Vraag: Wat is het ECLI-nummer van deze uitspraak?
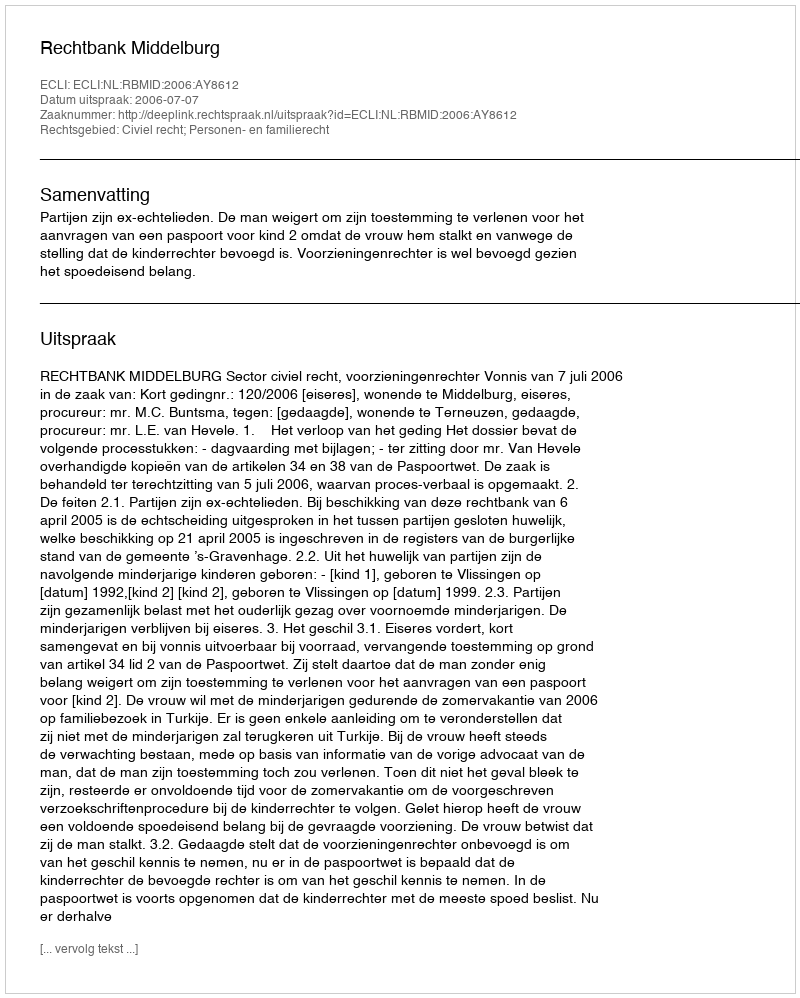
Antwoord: ECLI:NL:RBMID:2006:AY8612